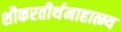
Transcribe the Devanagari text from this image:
शौकरतीर्थमाहात्म्य